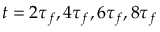
t = 2 \tau _ { f } , 4 \tau _ { f } , 6 \tau _ { f } , 8 \tau _ { f }